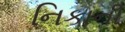
નિકાની